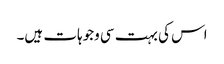
اس کی بہت سی وجوہات ہیں۔